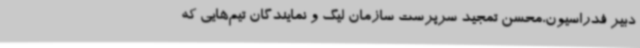
دبیر فدراسیون،محسن تمجید سرپرست سازمان لیگ و نمایندگان تیم‌هایی که